Report on vaccination in Madras 1904-1921 - 1904-1921
Year: 1904
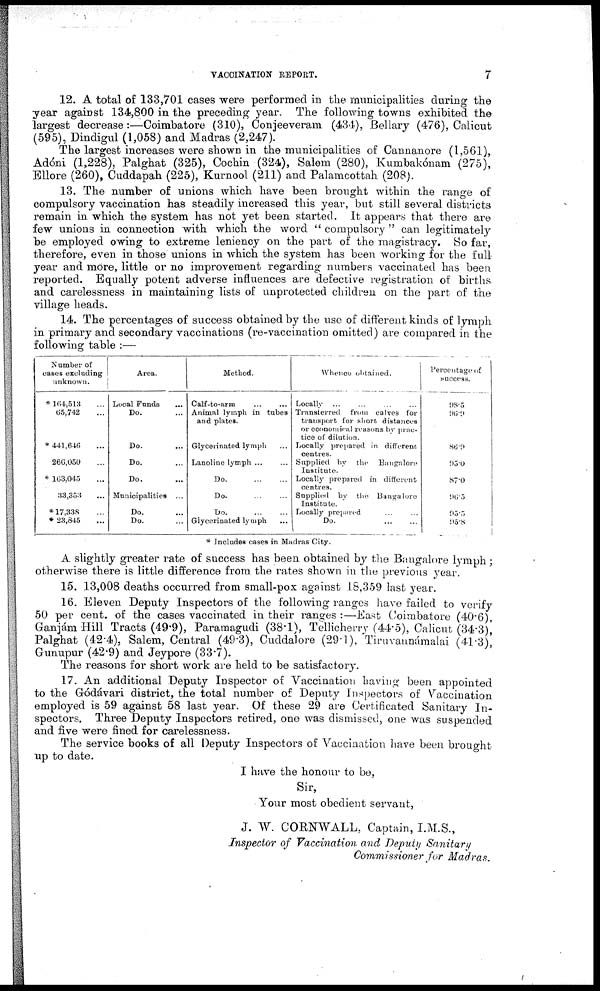
VACCINATION REPORT.
7
12. A total of 133,701 cases were performed in the municipalities during the
year against 134,800 in the preceding year. The following towns exhibited the
largest decrease:—Coimbatore (310), Conjeeveram (434), Bellary (476), Calicut
(595), Dindigul (1,058) and Madras (2,247).
The largest increases were shown in the municipalities of Cannanore (1,561),
Adóni (1,228), Palghat (325), Cochin (324), Salem (280), Kumbakónam (275),
Ellore (260), Cuddapah (225), Kurnool (211) and Palamcottah (208).
13. The number of unions which have been brought within the range of
compulsory vaccination has steadily increased this year, but still several districts
remain in which the system has not yet been started. It appears that there are
few unions in connection with which the word " compulsory " can legitimately
be employed owing to extreme leniency on the part of the magistracy. So far,
therefore, even in those unions in which the system has been working for the full,
year and more, little or no improvement regarding numbers vaccinated has been
reported. Equally potent adverse influences are defective registration of births
and carelessness in maintaining lists of unprotected children on the part of the
village heads.
14. The percentages of success obtained by the use of different kinds of lymph
in primary and secondary vaccinations (re-vaccination omitted) are compared in the
following table :—
Number of
cases excluding
unknown.
* 164,513 ...
65,742 ...
* 441,646 ...
266,050 ...
* 163,045 ...
33,353 ...
*17,338 ...
* 23,345 ...
Area.
Local Funds ...
Do. ...
Do. ...
Do. ...
Do.
Municipalities ...
Do. ...
Do. ...
Method.
Calf-to-arm ... ...
Animal lymph in tubes
and plates.
Glycerínated lymph ...
Lanoline lymph ... ...
Do.
...
...
Do.
...
...
Do.
...
...
Glycerinated lymph ...
Whence obtained.
Locally ... ... ... ...
Transferred from calves for
transport for short distances
or economical reasons by prac-
tice of dilution.
Locally prepared in different
centres.
Supplied by the Bangalore
Institute.
Locally prepared in different
centres.
Supplied by the Bangalore
Institute.
Locally prepared ... ...
Do.
...
...
Percentage of
success.
98.5
96.9
86.9
95.0
87.0
96.3
95.5
95.8
* Includes cases in Madras City.
A slightly greater rate of success has been obtained by the Bangalore lymph;
otherwise there is little difference from the rates shown in the previous year.
15. 13,008 deaths occurred from small-pox against 18,359 last year.
16. Eleven Deputy Inspectors of the following ranges have failed to verify
50 per cent. of the cases vaccinated in their ranges :—East Coimbatore (40.6),
Ganjám Hill Tracts (49.9), Paramagudi (38.1), Tellicherry (44.5), Calicut (34.3),
Palghat (424), Salem, Central (49.3), Cuddalore (29.1), Tiruvannámalai (41.3),
Gunupur (42.9) and Jeypore (33.7).
The reasons for short work are held to be satisfactory.
17. An additional Deputy Inspector of Vaccination having been appointed
to the Gódávari district, the total number of Deputy Inspectors of Vaccination
employed is 59 against 58 last year. Of these 29 are Certificated Sanitary In-
spectors. Three Deputy Inspectors retired, one was dismissed, one was suspended
and five were fined for carelessness.
The service books of all Deputy Inspectors of Vaccination have been brought
up to date.
I have the honour to be,
Sir,
Your most obedient servant,
J. W. CORNWALL, Captain, I.M.S.,
Inspector of Vaccination and Deputy Sanitary
Commissioner for Madras.